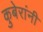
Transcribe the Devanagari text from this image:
कुबेरांनी